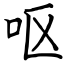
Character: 呕